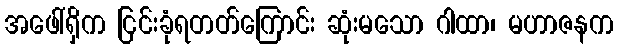
အဖေါ်ရှိက ငြင်းခုံရတတ်ကြောင်း ဆုံးမသော ဂါထာ၊ မဟာဇနက